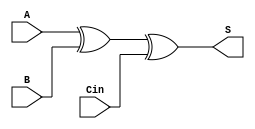
module onebitadder(S, A, B, Cin);

    input A, B, Cin;
    output S;
    //wire w1, w2, w3;

    xor Sresult(S, A, B, Cin);
    //and AandB(w1, A, B);
    //and AandCin(w2, A, Cin);
    //and BandCin(w3, B, Cin);
    //or OR1(Cout, w1, w2, w3);

endmodule